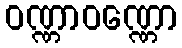
ဝဏ္ဏာဝဏ္ဏော